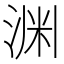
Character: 渊